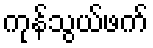
ကုန်သွယ်ဖက်